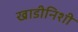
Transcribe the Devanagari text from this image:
खाडीनिशी